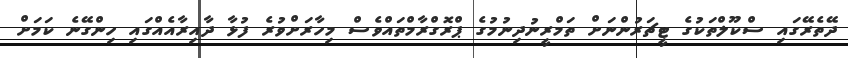
ދޭތެރޭގައި ސްކޫލްތަކުގެ ޓީޗަރުންނަށް ތަމްރީނުދިނުމުގެ ޕްރޮގްރާމްތައްވެސް މިހާރަށްވުރެ ފުޅާ ދާއިރާއެއްގައި ހިންގޭނެ ކަމަށް